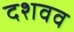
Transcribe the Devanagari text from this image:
दशवव